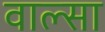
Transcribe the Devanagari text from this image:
वाल्सा